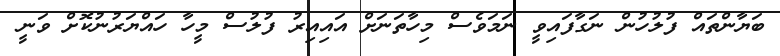
ބަޔާންތައް ފުލުހުން ނަގާފައިވީ ނަމަވެސް މިހާތަނަށް އައިއިރު ފުލުސް މީހާ ހައްޔަރުނުކޮށް ވަނީ